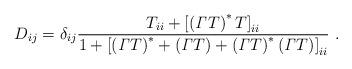
LaTeX: \begin{align*}D_{ij} = \delta_{ij}\frac{T_{ii} + \left[ \left( {\it \Gamma} T \right)^* T \right]_{ii}}{1 + \left[\left({\it \Gamma}T\right)^* + \left({\it \Gamma}T \right) + \left({\it \Gamma}T\right)^* \left({\it \Gamma}T \right)\right]_{ii}} \ .\end{align*}